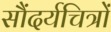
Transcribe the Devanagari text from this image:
सौंदर्यचित्रों